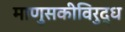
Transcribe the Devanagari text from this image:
माणुसकीविरुद्ध